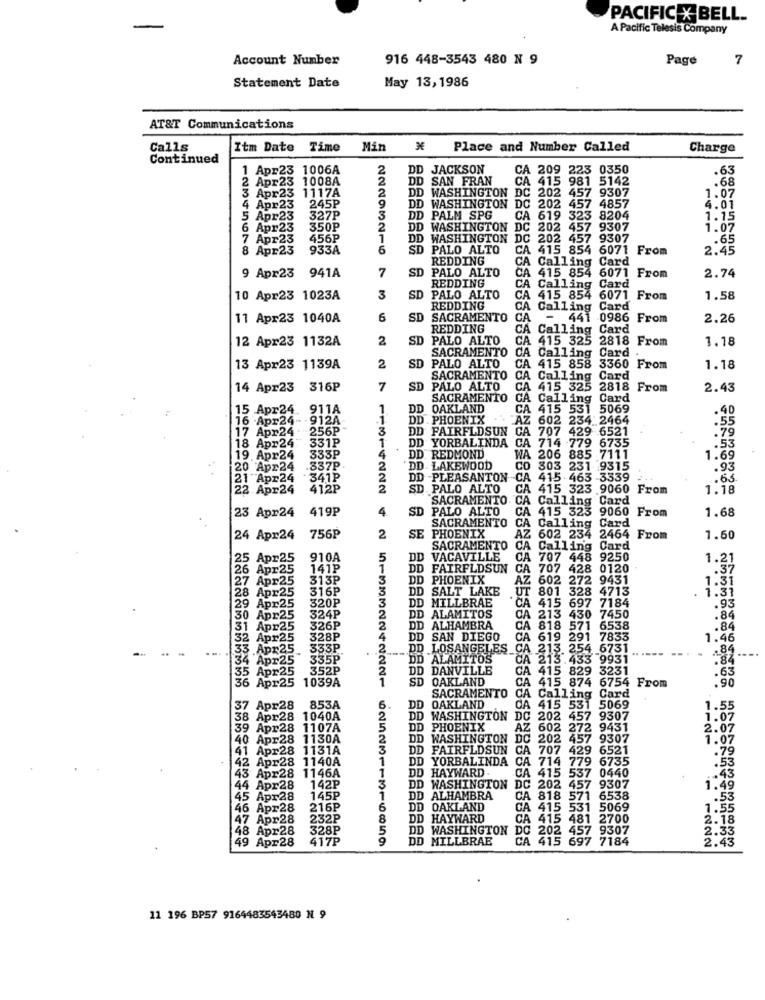
PACIFIC X BELL.
A Pacific Telesis Company
Account Number
916 448-3543 480 N 9
Page
7
Statement Date
May 13, 1986
AT&T Communications
Calls
Itm Date Time
Min %€
Place and Number Called
Charge
Continued
1 Apr23 1006A
2
DD JACKSON
CA 209 223 0350
.63
Apr23 1008A
2
DD
SAN FRAN
CA 415 981 5142
.68
3 Apr23 1117A
DD WASHINGTON DC 202 457 9307
DD
WASHINGTON
1.07
2
4 Apr23
245P
9
DD WASHINGTON DC 202 457 4857
4.01
5Apr23
327P
3
DD PALM SPG
CA 619 323 8204
1.15
6 Apr23
350P
2
WASHINGTON
DC 202 457 9307
1.07
7 Apr23
456P
1
DD
WASHINGTON
DC 202 457 9307
.65
8 Apr23
933A
6
SD PALO ALTO
CA 415 854 6071 From
2.45
REDDING
CA Calling Card
7
SD
PALO ALTO
9 Apr23 941A
REDDING
CA 415 854 6071 From
CA
2.74
Calling Card
10 Apr23 1023A
3
SD
PALO ALTO
CA
415 854 6071 From
1.58
REDDING
CA
Calling Card
Card
11 Apr23 1040A
6
SD
SACRAMENTO
CA
-
441 0986 From
2.26
REDDING
CA
Calling Card
12 Apr23 1132A
2
SD
PALO ALTO
CA
415 325
2818 From
1.18
SACRAMENTO
Card .
PALO ALTO
CA Calling
13 Apr23 1139A
2
SD
CA 415 858
3360 From
1.18
SACRAMENTO
CA Calling
CA
Card
14 Apr23 316P
7
SD
PALO ALTO
CA
415 325
2818 From
2.43
SACRAMENTO
CA Calling Card
15 Apr24. 911A
DD
OAKLAND
CA 415 531 5069
.4
16 Apr24- 912A
.1.
DD . PHOENIX
AZ 602 234 2464
.55
17 Apr24 - 256P-
3
DD FAIRFLDSUN
CA 707 429 6521
.79
1
DD YORBALINDA
.53
18 Apr24: 331P
CA 714 779 6735
19. Apr24
333P
4
DD. REDMOND
WA 206 885 7111
1.69
20 Apr24
.337P
2
DD . LAKEWOOD
CO 303 231 9315
.93
21 Apr24
341P
2
DD PLEASANTON
CA 415 463 3339
.63
22.Apr24
412P
SD. PALO ALTO
CA 415 323 9060 From
1.18
SACRAMENTO
CA
Calling Card
23 Apr24
419P
4.
SD
PALO ALTO
CA
415 323 9060 From
1.68
SACRAMENTO
CA
Calling Card
24 Apr24
756P
2
SE PHOENIX
AZ
602 234 2464 From
1.60
SACRAMENTO
CA Calling Card
CA
25 Apr25
910A
5
DD
VACAVILLE
CA
707 448 9250
1.21
26 Apr25
141P
1
DD FAIRFLDSUN
CA
CA 707 428 0120
27 Apr25
313₽
3
DD PHOENIX
AZ
602
272 9431
1.31
28 Apr25
316P
3
DD SALT LAKE
UT
UT 801 328 4713
.
1.31
320P
DD MILLBRAE
29 Apr25
324P
3
CA 415 697 7184
.93
30 Apr25
2
2
DD ALAMITOS
CA
CA 213 430 7450
.84
31 Apr25
326P
DD ALHAMBRA
CA
818 571 6538
.84
32 Apr25
328P
4
D SAN DIEGO
CA 619 291 7833
1.46
33 .Apr25
333P
.2.
CA 213. 254 6731.
.84
34 Apr25
335P
2
DD ALAMITOS
CA 213.433 9931
35 Apr25
352P
2
DD DANVILLE
CA 415 829 3231
6 Apr25
1039A
SD OAKLAND
CA 415 874 6754 From
.63
SACRAMENTO CA Calling Card
37 Apr28
853A
6
DD OAKLAND
CA 415 531 5069
1.55
38 Apr28
1040A
2
DD WASHINGTON DC 202 457 9307
1.07
39 Apr28 1107A
5
DD
DD PHOENIX
AZ 602 272 9431
AZ
2.07
40 Apr28 1130A
2
DD
WASHINGTON
DC 202
1.07
41 Apr28 1131A
D FAIRFLDSUN CA 707 429 6521
.79
42 Apr28 1140A
1
DD YORBALINDA
CA
714 779 6735
.53
1
DD HAYWARD
.43
43 Apr28 1146A
CA 415 537 0440
44 Apr28
142P
3
WASHINGTON DC 202 457 9307
1.49
45 Apr28
145P
1
D ALHAMBRA
CA 818 571 6538
2.53
46 Apr28
216P
6
DD OAKLAND
CA 415 531 5069
1.55
47 Apr28
232P
8
DD HAYWARD
CA 415 481 2700
2.18
48 Apr28
328P
5
DD WASHINGTON DC 202 457 9307
49 Apr28
417P
DD MILLBRAE
CA 415 697 7184
2.33
2.43
11 196 BP57 9164483543480 N 9